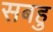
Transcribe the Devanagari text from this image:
सबहु